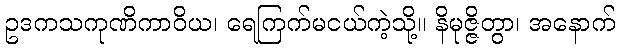
ဥဒကသကုဏိကာဝိယ၊ ရေကြက်မငယ်ကဲ့သို့။ နိမုဇ္ဇိတွာ၊ အနောက်